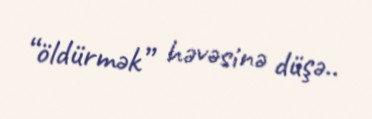
“öldürmək” həvəsinə düşə..